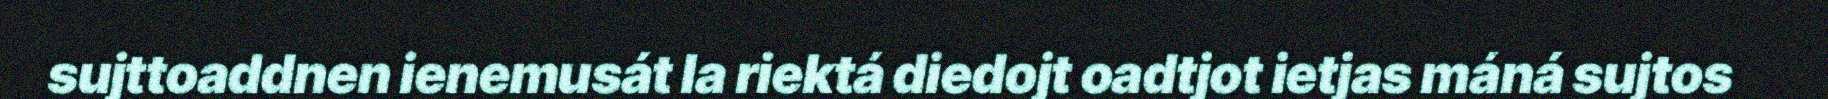
sujttoaddnen ienemusát la riektá diedojt oadtjot ietjas máná sujtos